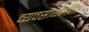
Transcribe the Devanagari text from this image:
व्यवसायजनित